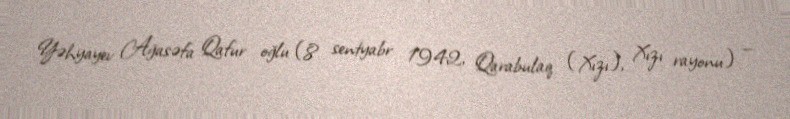
Yəhyayev Ağasəfa Qafur oğlu (8 sentyabr 1942, Qarabulaq (Xızı), Xızı rayonu) —